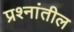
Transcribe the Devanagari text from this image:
प्रश्नांतील